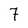
Character: 7